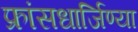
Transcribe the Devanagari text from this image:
फ्रांसधार्जिण्या